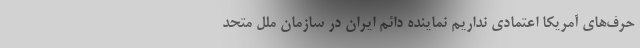
حرف‌های آمریکا اعتمادی نداریم نماینده دائم ایران در سازمان ملل متحد